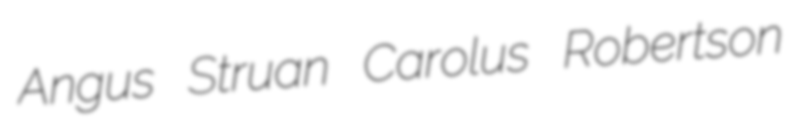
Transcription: Angus Struan Carolus Robertson